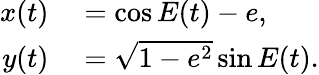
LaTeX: \begin{array}{rl}{x(t)}&{{}=\cos{E(t)}-e,}\\ {y(t)}&{{}=\sqrt{1-e^{2}}\sin{E(t)}.}\end{array}